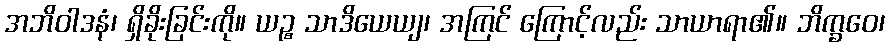
အဘိဝါဒနံ၊ ရှိခိုးခြင်းကို။ ယဉ္စ သာဒိယေယျ၊ အကြင် ကြောင့်လည်း သာယာရာ၏။ ဘိက္ခဝေ၊